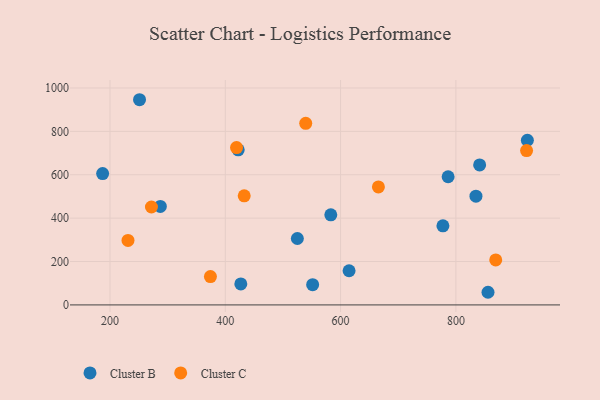
{"axis": {"x": "Ad Spend", "y": "Rating"}, "legend": ["Cluster B", "Cluster C"], "data": [{"x": "841.2", "y": 645.3, "type": "Cluster B"}, {"x": "422.4", "y": 715.0, "type": "Cluster B"}, {"x": "777.5", "y": 364.8, "type": "Cluster B"}, {"x": "924.0", "y": 759.2, "type": "Cluster B"}, {"x": "287.3", "y": 454.1, "type": "Cluster B"}, {"x": "426.9", "y": 96.8, "type": "Cluster B"}, {"x": "187.2", "y": 605.3, "type": "Cluster B"}, {"x": "855.7", "y": 58.3, "type": "Cluster B"}, {"x": "251.2", "y": 945.9, "type": "Cluster B"}, {"x": "786.5", "y": 590.8, "type": "Cluster B"}, {"x": "583.0", "y": 415.4, "type": "Cluster B"}, {"x": "551.5", "y": 93.2, "type": "Cluster B"}, {"x": "614.7", "y": 157.6, "type": "Cluster B"}, {"x": "834.8", "y": 501.4, "type": "Cluster B"}, {"x": "525.0", "y": 306.1, "type": "Cluster B"}, {"x": "374.2", "y": 130.6, "type": "Cluster C"}, {"x": "539.5", "y": 837.0, "type": "Cluster C"}, {"x": "432.8", "y": 503.1, "type": "Cluster C"}, {"x": "869.1", "y": 207.2, "type": "Cluster C"}, {"x": "271.9", "y": 451.5, "type": "Cluster C"}, {"x": "231.2", "y": 297.1, "type": "Cluster C"}, {"x": "419.5", "y": 725.4, "type": "Cluster C"}, {"x": "665.6", "y": 544.1, "type": "Cluster C"}, {"x": "922.6", "y": 711.3, "type": "Cluster C"}]}